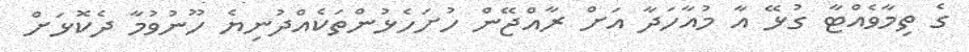
ގެ ތިމާވެއްޓާ ގުޅޭ އާ މުއާހަދާ އަށް ރާއްޖޭން ހުށަހެޅުންތަކެއްދުނިޔެ ހޫނުވުމާ ދެކޮޅަށް